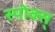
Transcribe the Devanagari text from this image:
स्पोक्स्